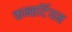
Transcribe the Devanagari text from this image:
कन्सर्टियम